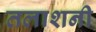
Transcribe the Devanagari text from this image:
तलाशनी